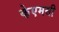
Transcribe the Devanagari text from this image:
केएमसी